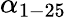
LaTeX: \alpha_{1-25}